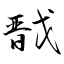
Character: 戬